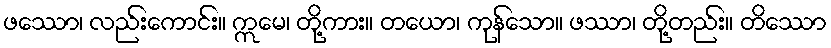
ဖဿော၊ လည်းကောင်း။ ဣမေ၊ တို့ကား။ တယော၊ ကုန်သော။ ဖဿာ၊ တို့တည်း။ တိဿော